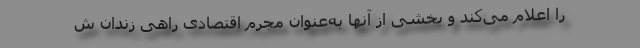
را اعلام می‌کند و بخشی از آنها به‌عنوان مجرم اقتصادی راهی زندان ش